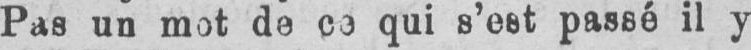
Pas un mot de ce qui s’est passé il y